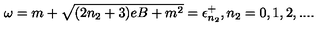
\omega = m + \sqrt { ( 2 n _ { 2 } + 3 ) e B + m ^ { 2 } } = \epsilon _ { n _ { 2 } } ^ { + } , n _ { 2 } = 0 , 1 , 2 , . . . .